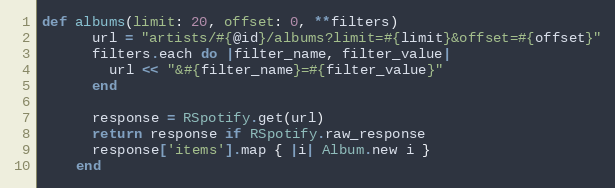
Language: Ruby
def albums(limit: 20, offset: 0, **filters)
      url = "artists/#{@id}/albums?limit=#{limit}&offset=#{offset}"
      filters.each do |filter_name, filter_value|
        url << "&#{filter_name}=#{filter_value}"
      end

      response = RSpotify.get(url)
      return response if RSpotify.raw_response
      response['items'].map { |i| Album.new i }
    end